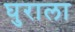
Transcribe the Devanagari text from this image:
घुराला